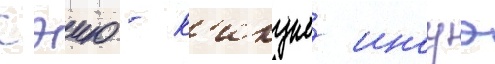
Сэию - к'икуко иноуэ